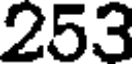
253